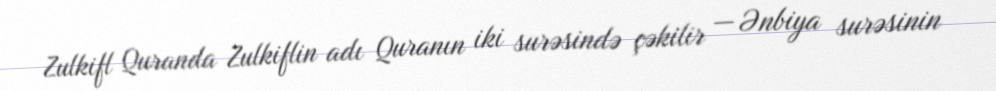
Zulkifl Quranda Zulkiflin adı Quranın iki surəsində çəkilir — Ənbiya surəsinin